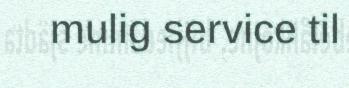
mulig service til